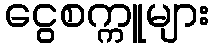
ငွေစက္ကူများ